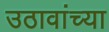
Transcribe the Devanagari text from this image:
उठावांच्या